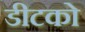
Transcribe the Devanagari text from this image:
डीटको